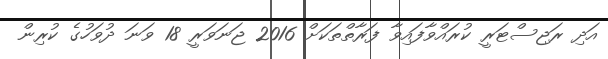
އަދި ރަޖިސްޓަރީ ކުރައްވާފައިވާ ފަރާތްތަކަށްް 2016 ޖަނަވަރީ 18 ވަނަ ދުވަހުގެ ކުރިން